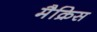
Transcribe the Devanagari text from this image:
मैक्रिस